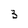
Character: 3